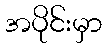
အပိုင်းမှာ